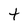
Character: t